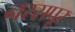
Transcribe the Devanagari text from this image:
नरसपूर